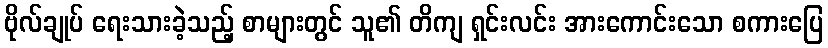
ဗိုလ်ချုပ် ရေးသားခဲ့သည့် စာများတွင် သူ၏ တိကျ ရှင်းလင်း အားကောင်းသော စကားပြေ